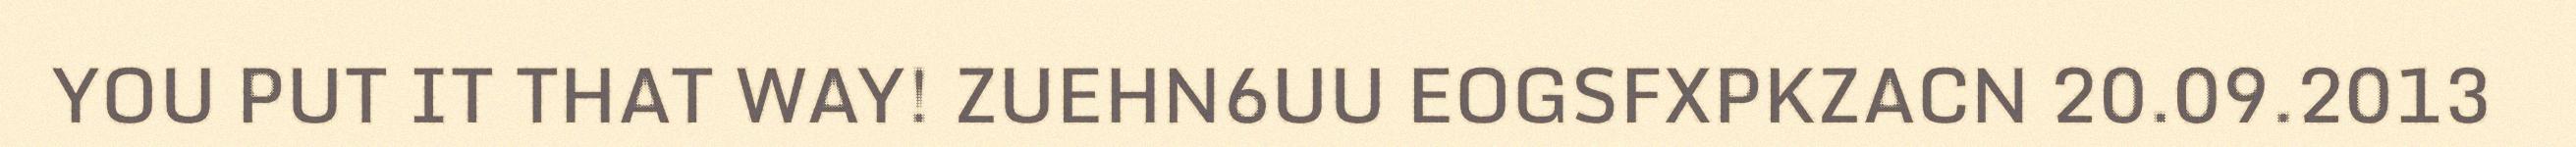
YOU PUT IT THAT WAY! ZUEHN6UU EOGSFXPKZACN 20.09.2013